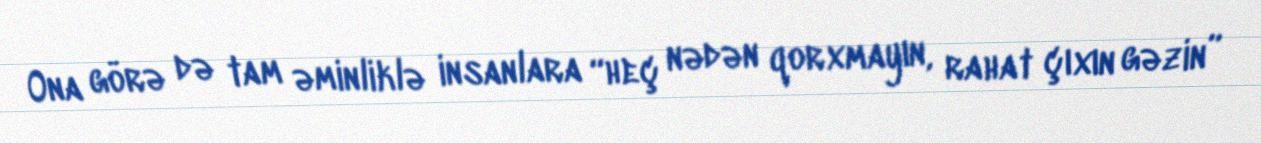
Ona görə də tam əminliklə insanlara “heç nədən qorxmayın, rahat çıxın gəzin”